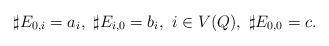
LaTeX: \begin{align*}\sharp E_{0, i}=a_i, \ \sharp E_{i, 0}=b_i, \ i \in V(Q), \ \sharp E_{0, 0}=c. \end{align*}